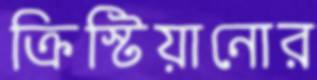
ক্রিস্টিয়ানোর